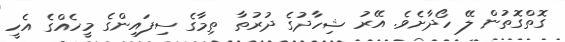
ގޮތްގޮތުން ލޭ ހޯދާށެވެ. އޭރު ޝިހާދުގެ ދުރުތާ ތިމާގެ ސިފައިންގެ މީހެއްގެ އެހީ